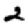
Digit: 2